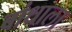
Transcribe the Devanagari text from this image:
बांधाला